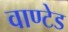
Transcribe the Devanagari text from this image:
वाण्टेड